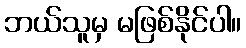
ဘယ်သူမှ မဖြစ်နိုင်ပါ။